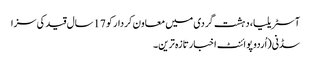
آسٹریلیا، دہشت گردی میں معاون کردار کو 17سال قید کی سزا
سڈنی(اُردو پوائنٹ اخبارتازہ ترین۔